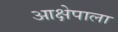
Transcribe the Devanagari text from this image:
आक्षेपाला